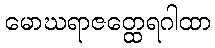
မောဃရာဇတ္ထေရဂါထာ